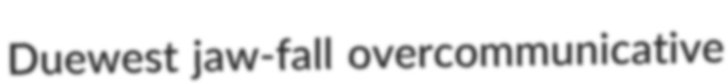
Duewest jaw-fall overcommunicative